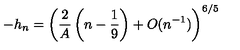
- h _ { n } = \left( \frac 2 A \left( n - \frac 1 9 \right) + O ( n ^ { - 1 } ) \right) ^ { 6 / 5 }